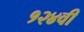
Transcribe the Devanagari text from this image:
१२४वी